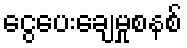
ငွေပေးချေမှုစနစ်